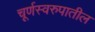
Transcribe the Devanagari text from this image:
चूर्णस्वरुपातील